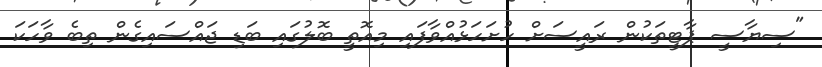
"ސިޔާސީ ޕާޓީތަކުން ރައީސަށް ހުށަހަޅުއްވާފައި މިއޮތީ ބޮލުގައި ބަޑި ޖައްސައިގެން ތިބެ ވާހަކަ